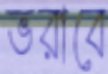
ভরাবে